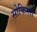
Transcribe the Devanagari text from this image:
सोफिस्तां